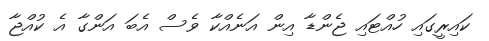
ކައިރީގައި ހުއްޓައި ޖެންޑާ އިން އަނެއްކާ ވެސް އެބަ އަންގާ އެ ކުއްޖާ